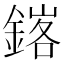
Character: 𨩟